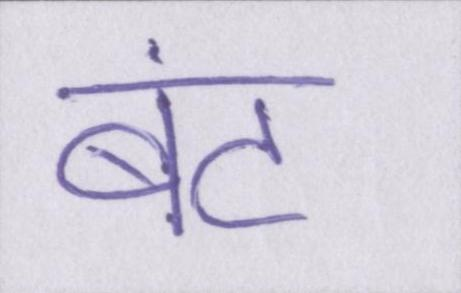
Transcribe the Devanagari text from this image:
बंट